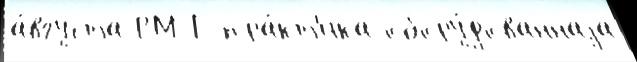
а́вгуста РМ-Г пра́кт'ика обору́дованнаjа